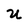
Character: U